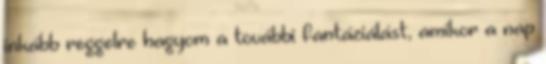
inkább reggelre hagyom a további fantáziálást, amikor a nap